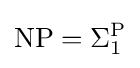
\mathrm {NP} =\Sigma _{1}^{\mathrm {P} }